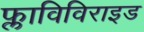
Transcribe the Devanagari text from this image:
फ्लाविविराइड